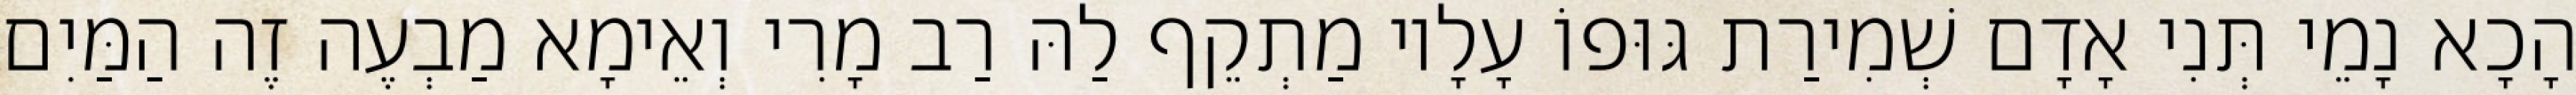
הָכָא נָמֵי תְּנִי אָדָם שְׁמִירַת גּוּפוֹ עָלָיו מַתְקֵף לַהּ רַב מָרִי וְאֵימָא מַבְעֶה זֶה הַמַּיִם